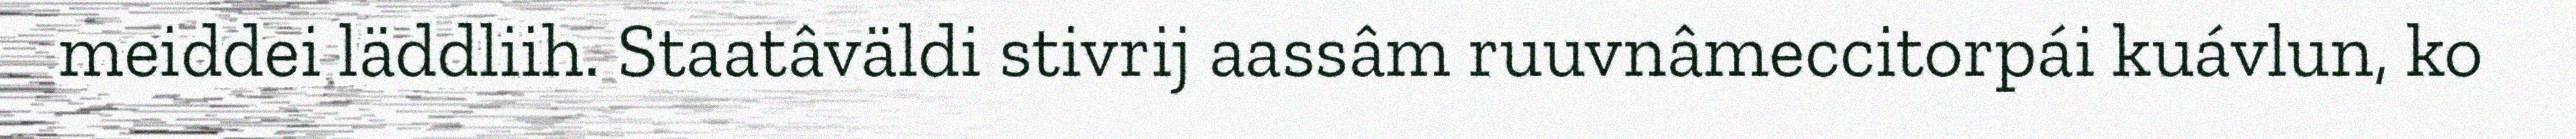
meiddei läddliih. Staatâväldi stivrij aassâm ruuvnâmeccitorpái kuávlun, ko